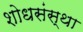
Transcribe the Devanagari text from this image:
शोधसंस्था